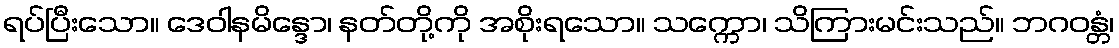
ရပ်ပြီးသော။ ဒေဝါနမိန္ဒော၊ နတ်တို့ကို အစိုးရသော။ သက္ကော၊ သိကြားမင်းသည်။ ဘဂဝန္တံ၊